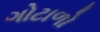
ગોટાળો